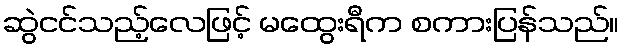
ဆွဲငင်သည့်လေဖြင့် မထွေးရီက စကားပြန်သည်။